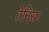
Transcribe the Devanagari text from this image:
टेनिस।